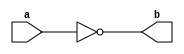
module NotGate(a,b) ;

output b ;
input a ;

nand(b,a,a) ;

endmodule 

module AndGate(a,b,c) ;

output c ;
input a,b ;
wire x ;

nand(x,a,b) ;
nand(c,x,x) ; 

endmodule 

module OrGate(a,b,c) ;

output c ;
input a,b ;
wire x,y ;

nand(x,a,a) ;
nand(y,b,b) ;
nand(c,x,y) ;

endmodule 

module Mux2x1(a,b,s,c) ;

output c ;
input a,b,s ;
wire x,y,z ;

NotGate NG_1(s,z );
AndGate AG_1(a,z,x) ;
AndGate AG_2(b,s,y) ;
OrGate OG_1(x,y,c) ;

endmodule 

module DLatch(d,c,q,q_) ;

output q,q_ ;
input d,c ;
wire c_,s,r,x,y ;

AndGate S(d,d,s) ;
NotGate R(d,r) ;
nand(x,c,s) ;
nand(y,c,r) ;
nand(q,q_,x) ;
nand(q_,q,y) ;

endmodule 

module DFlipFlopFE(d,c,q,q_) ;

output q,q_ ;
input d,c ;
wire c_,Q,Q_ ;

NotGate C_(c,c_) ;

DLatch D1(d,c,Q,Q_) ;
DLatch D2(Q,c_,q,q_) ;

endmodule